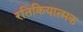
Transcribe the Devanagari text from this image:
रतिक्रियात्मक